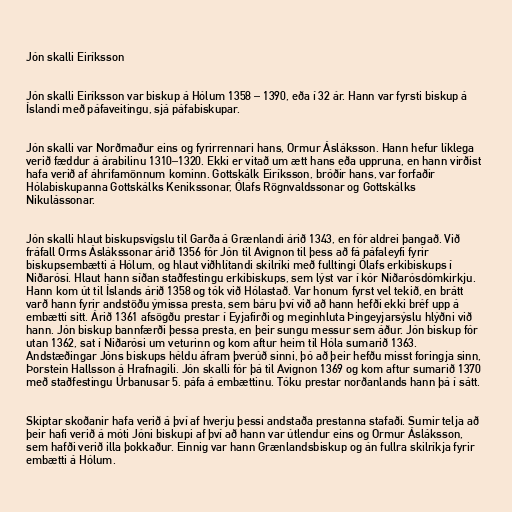
Jón skalli Eiríksson

Jón skalli Eiríksson var biskup á Hólum 1358 – 1390, eða í 32 ár. Hann var fyrsti biskup á
Íslandi með páfaveitingu, sjá páfabiskupar.

Jón skalli var Norðmaður eins og fyrirrennari hans, Ormur Ásláksson. Hann hefur líklega
verið fæddur á árabilinu 1310–1320. Ekki er vitað um ætt hans eða uppruna, en hann virðist
hafa verið af áhrifamönnum kominn. Gottskálk Eiríksson, bróðir hans, var forfaðir
Hólabiskupanna Gottskálks Kenikssonar, Ólafs Rögnvaldssonar og Gottskálks
Nikulássonar.

Jón skalli hlaut biskupsvígslu til Garða á Grænlandi árið 1343, en fór aldrei þangað. Við
fráfall Orms Áslákssonar árið 1356 fór Jón til Avignon til þess að fá páfaleyfi fyrir
biskupsembætti á Hólum, og hlaut viðhlítandi skilríki með fulltingi Ólafs erkibiskups í
Niðarósi. Hlaut hann síðan staðfestingu erkibiskups, sem lýst var í kór Niðarósdómkirkju.
Hann kom út til Íslands árið 1358 og tók við Hólastað. Var honum fyrst vel tekið, en brátt
varð hann fyrir andstöðu ýmissa presta, sem báru því við að hann hefði ekki bréf upp á
embætti sitt. Árið 1361 afsögðu prestar í Eyjafirði og meginhluta Þingeyjarsýslu hlýðni við
hann. Jón biskup bannfærði þessa presta, en þeir sungu messur sem áður. Jón biskup fór
utan 1362, sat í Niðarósi um veturinn og kom aftur heim til Hóla sumarið 1363.
Andstæðingar Jóns biskups héldu áfram þverúð sinni, þó að þeir hefðu misst foringja sinn,
Þorstein Hallsson á Hrafnagili. Jón skalli fór þá til Avignon 1369 og kom aftur sumarið 1370
með staðfestingu Úrbanusar 5. páfa á embættinu. Tóku prestar norðanlands hann þá í sátt.

Skiptar skoðanir hafa verið á því af hverju þessi andstaða prestanna stafaði. Sumir telja að
þeir hafi verið á móti Jóni biskupi af því að hann var útlendur eins og Ormur Ásláksson,
sem hafði verið illa þokkaður. Einnig var hann Grænlandsbiskup og án fullra skilríkja fyrir
embætti á Hólum.